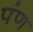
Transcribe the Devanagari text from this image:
पंण